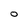
Character: O